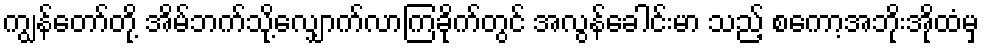
ကျွန်တော်တို့ အိမ်ဘက်သို့လျှောက်လာကြခိုက်တွင် အလွန်ခေါင်းမာ သည့် စကော့အဘိုးအိုထံမှ